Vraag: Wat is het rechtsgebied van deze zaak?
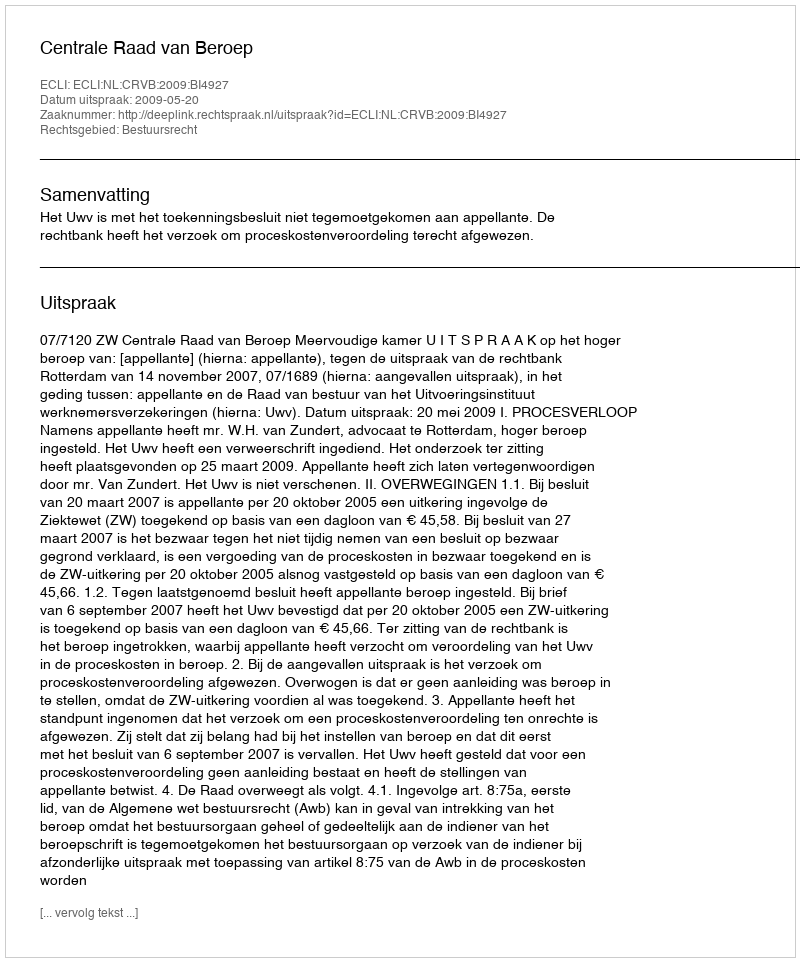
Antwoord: Bestuursrecht